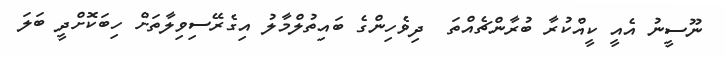
ނޫސީނު އެއީ ކީއްކުރާ ބުރާންޗެއްތަ  ދިވެހިންގެ ބައިތުލްމާލު އިގެރޭސިވިލާތަށް ހިބަކޮށްދީ ބަލަ